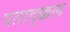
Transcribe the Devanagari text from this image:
पताद्क्कल